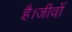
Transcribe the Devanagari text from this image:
है।जीवों